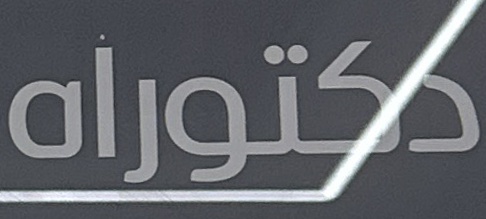
دكتوراه